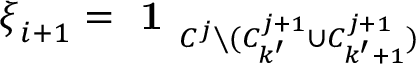
\boldsymbol { \xi } _ { i + 1 } = \textbf { 1 } _ { C ^ { j } \setminus ( C _ { k ^ { \prime } } ^ { j + 1 } \cup C _ { k ^ { \prime } + 1 } ^ { j + 1 } ) }